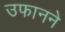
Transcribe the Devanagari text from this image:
उफानने